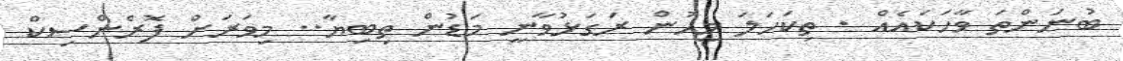
ބުނަންތަ ވާހަކައެއް . ތިކަހަލަ މީހުން ރަގަޅުވާނީ މަޑުން ތިބިޔާ.. މިވަރަށް ފޮރެންސިކް